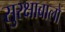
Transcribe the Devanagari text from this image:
सुरक्षाबालों